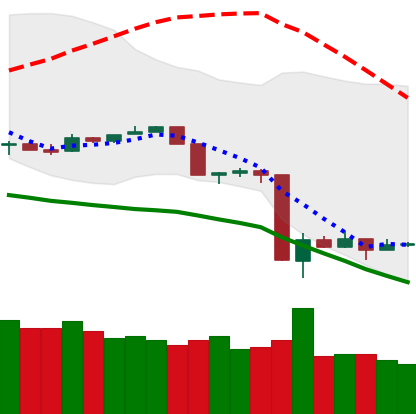
Ticker: TRX-USD
Chart end date: 2020-03-18
Forward return: 13.59%
Label: up_7plus